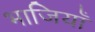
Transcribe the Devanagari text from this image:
भाजियाँ